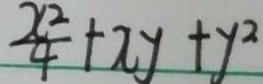
\frac { x ^ { 2 } } { 4 } + x y + y ^ { 2 }